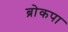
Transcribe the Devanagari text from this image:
ब्रोकपा